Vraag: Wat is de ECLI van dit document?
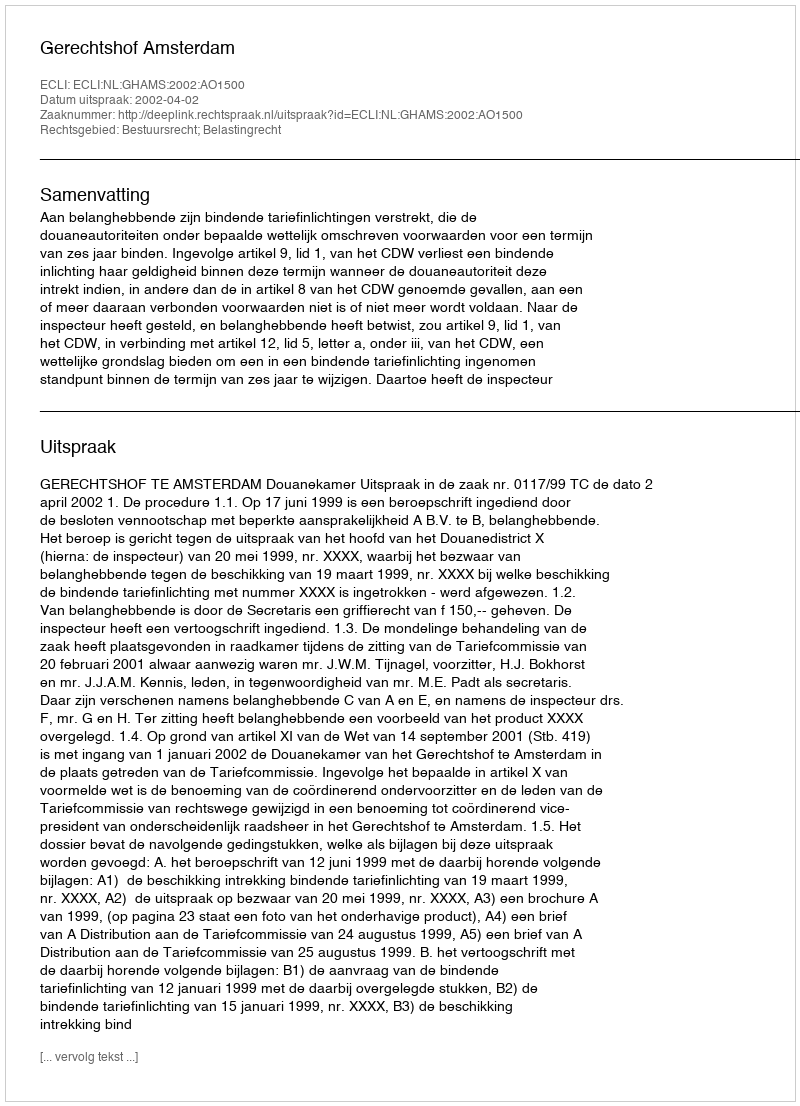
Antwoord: ECLI:NL:GHAMS:2002:AO1500